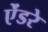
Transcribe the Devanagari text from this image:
ऐंडरे